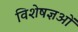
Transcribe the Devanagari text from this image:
विशेषज्ञओं